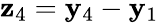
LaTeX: {\mathbf z}_{4}={\mathbf y}_{4}-{\mathbf y}_{1}